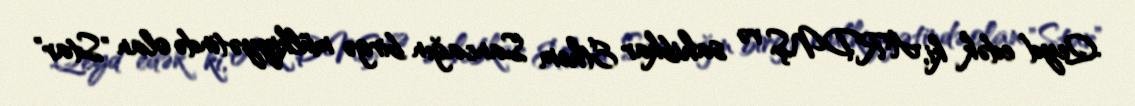
Qeyd edək ki, ARDNŞ və sahibkar Ethem Sancağın birgə mülkiyyətində olan "Star"